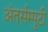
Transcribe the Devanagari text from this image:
अंतर्सम्पुटी